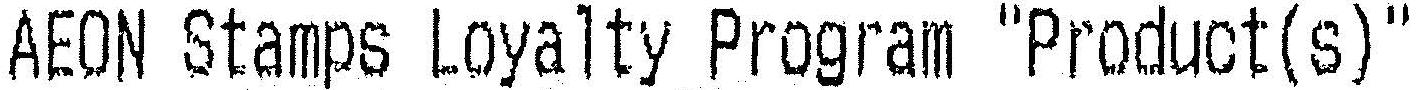
AEON STAMPS LOYALTY PROGRAM "PRODUCT(S)"